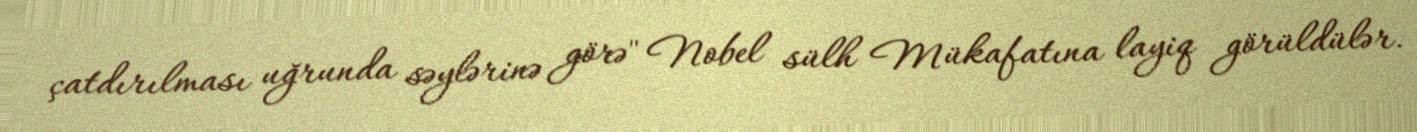
çatdırılması uğrunda səylərinə görə" Nobel sülh Mükafatına layiq görüldülər.